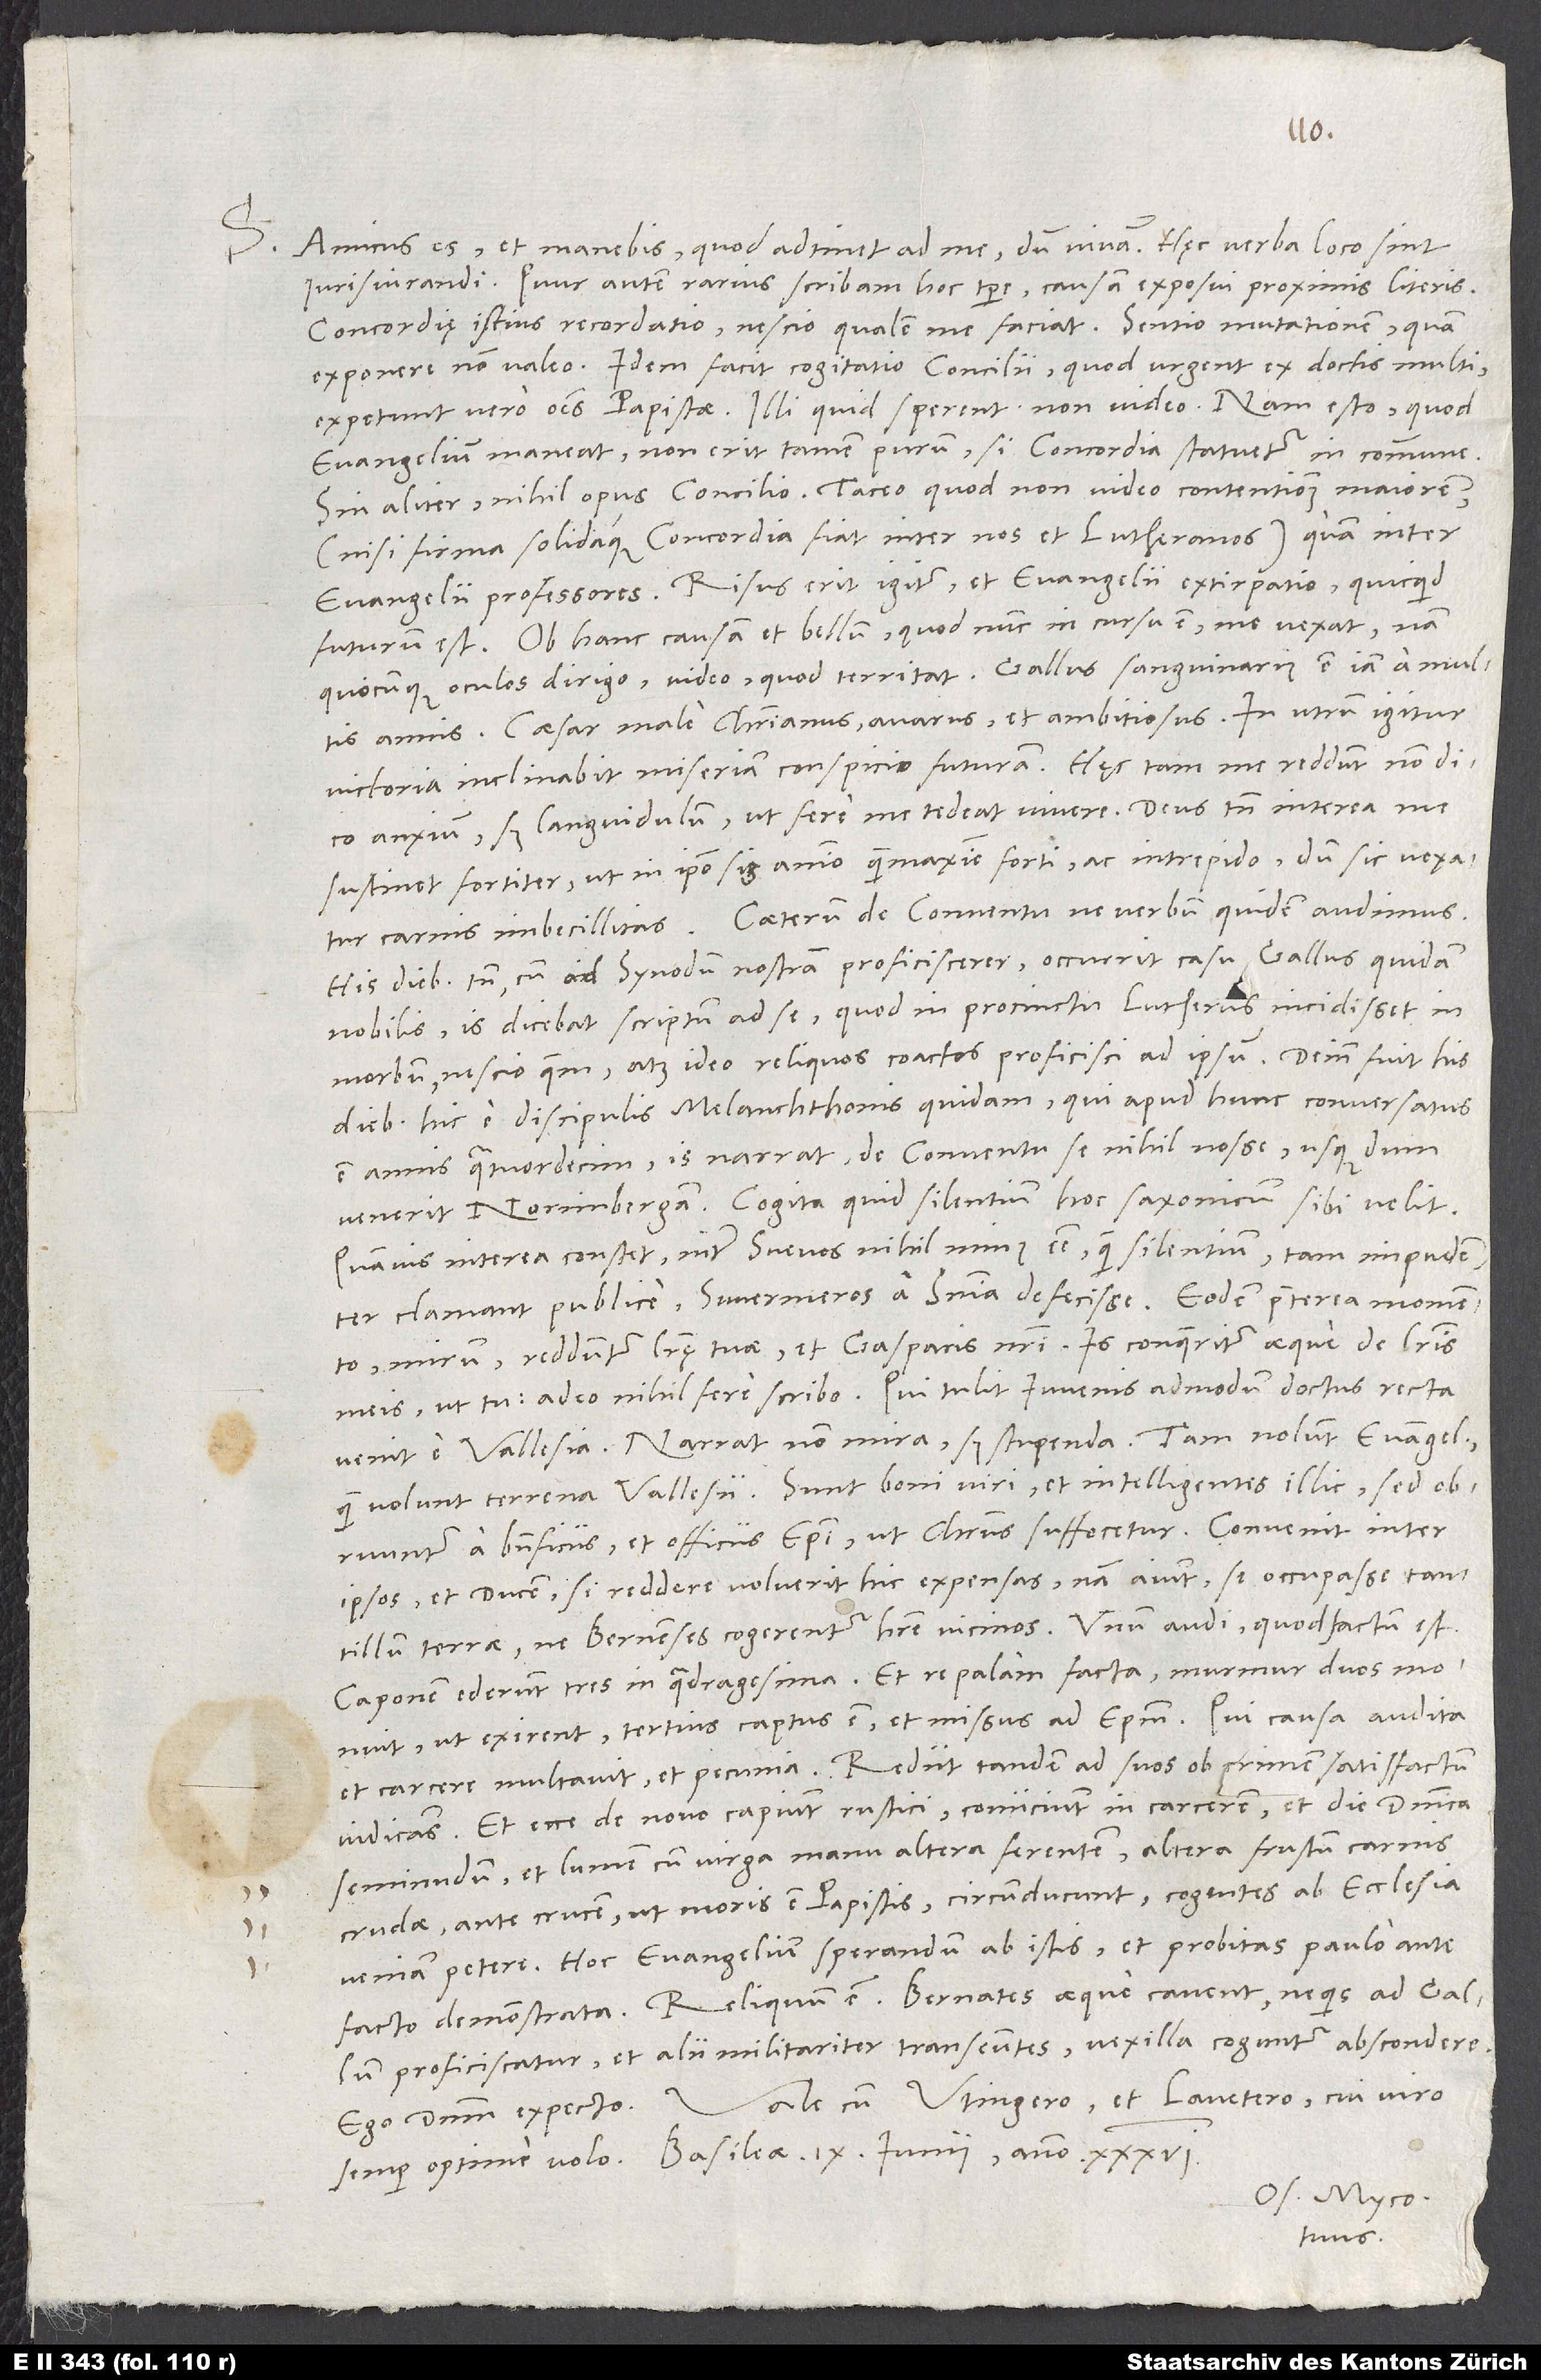
S.

Amicus es et manebis, quod adtinet ad me, dum vivam. Haec verba loco sint
iurisiurandi. Quur autem rarius scribam hoc tempore, causam exposui proximis literis.
Concordię istius recordatio nescio qualem me faciat. Sentio mutationem, quam
exponere non valeo. Idem facit cogitatio concilii, quod urgent ex doctis multi,
expetunt vero omnes papistae. Illi quid sperent, non video. Nam esto, quod
evangelium maneat, non erit tamen purum, si concordia statuetur in commune.
Sin aliter, nihil opus concilio. Taceo, quod non video contentionem maiorem
(nisi firma solidaque concordia fiat inter nos et Lutheranos) quam inter
evangelii professores. Risus erit igitur et evangelii extirpatio, quicquid
futurum est. Ob hanc causam et bellum, quod nunc in cursu est, me vexat. Nam
quocunque oculos dingo, video, quod territat. Gallus sanguinarius est iam a multis
annis, caesar male christianus, amarus et ambitiosus. In utrum igitur
victoria inclinabit, miseriam conspicio futuram. Haec tam me reddunt, non dico
anxium, sed languidulum, ut fere me tedeat vivere. Deus tamen interea me
sustinet fortiter, ut in ipso sim animo quam maxime forti ac intrepido, dum sic vexatur
His diebus tamen, cum ad synodum nostram proficiscerer, occurrit casu Gallus quidam
nobilis. Is dicebat scriptum ad se, quod in procinctu Lutherus incidisset in
morbum nescio quem, atque ideo reliquos coactos proficisci ad ipsum. Deinde fuit his
diebus hic e discipulis Melanchthonis quidam, qui apud hunc conversatus
est annis quatuordecim; is narrat de conventu se nihil nosse, usque dum
venerit Norimbergam. Cogita, quid silentium hoc Saxonicum sibi velit.
Quamvis interea constet inter Svevos nihil minus esse quam silentium; tam impudenter
mirum, redduntur literę tuae et Gasparis nostri.. Is conqueritur aeque de literis
meis ut tu, adeo nihil fere scribo. Qui tulit iuvenis admodum doctus, recta
venit e Vallesia. Narrat non mira, sed stupenda: Tam nolunt evangelium,
quam volunt terrena Vallesii. Sunt boni viri et intelligentes illic, sed
a beneficiis et officiis episcopi, ut Christus suffocetur. Convenit inter
ipsos et ducem, si reddere voluerit hic expensas; nam aiunt se occupasse tantillum
terrae, ne Bernenses cogerentur habere vicinos.. Unum audi, quod factum est:
ut exirent; tertius captus est et missus ad episcopum. Qui causa audita
et carcere multavit et pecunia. Rediit tandem ad suos ob crimen satisfactum
iudicans. Et ecce, de novo capiunt rustici, coniiciunt in carcerem et die dominica
seminudum et lumen cum virga manu altera ferentem, altera frustum carnis
crudae, ante crucem, ut moris est papistis, circumducunt cogentes ab ecclesia
veniam petere. Hoc evangelium sperandum ab istis, et probitas paulo ante
Ego dominum expecto. Vale cum Utingero et Lavetero, cui viro
Os. Myco.
tuus.